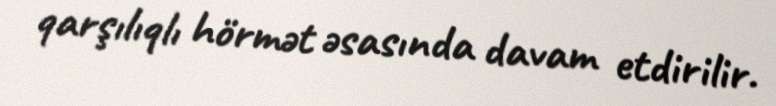
qarşılıqlı hörmət əsasında davam etdirilir.